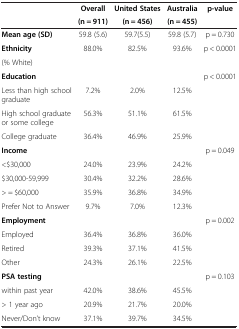
<table><thead><tr><td rowspan="2"><b> </b></td><td><b>Overall</b></td><td><b>United States</b></td><td><b>Australia</b></td><td rowspan="2"><b>p-value</b></td></tr><tr><td><b>(n = 911)</b></td><td><b>(n = 456)</b></td><td><b>(n = 455)</b></td></tr></thead><tbody><tr><td><b>Mean age (SD)</b></td><td>59.8 (5.6)</td><td>59.7(5.5)</td><td>59.8 (5.7)</td><td>p = 0.730</td></tr><tr><td><b>Ethnicity</b></td><td rowspan="2">88.0%</td><td rowspan="2">82.5%</td><td rowspan="2">93.6%</td><td rowspan="2">p &lt; 0.0001</td></tr><tr><td>(% White)</td></tr><tr><td><b>Education</b></td><td> </td><td> </td><td> </td><td>p &lt; 0.0001</td></tr><tr><td>Less than high school graduate</td><td>7.2%</td><td>2.0%</td><td>12.5%</td><td> </td></tr><tr><td>High school graduate or some college</td><td>56.3%</td><td>51.1%</td><td>61.5%</td><td> </td></tr><tr><td>College graduate</td><td>36.4%</td><td>46.9%</td><td>25.9%</td><td> </td></tr><tr><td><b>Income</b></td><td> </td><td> </td><td> </td><td>p = 0.049</td></tr><tr><td>&lt;$30,000</td><td>24.0%</td><td>23.9%</td><td>24.2%</td><td> </td></tr><tr><td>$30,000-59,999</td><td>30.4%</td><td>32.2%</td><td>28.6%</td><td> </td></tr><tr><td>&gt; = $60,000</td><td>35.9%</td><td>36.8%</td><td>34.9%</td><td> </td></tr><tr><td>Prefer Not to Answer</td><td>9.7%</td><td>7.0%</td><td>12.3%</td><td> </td></tr><tr><td><b>Employment</b></td><td> </td><td> </td><td> </td><td>p = 0.002</td></tr><tr><td>Employed</td><td>36.4%</td><td>36.8%</td><td>36.0%</td><td> </td></tr><tr><td>Retired</td><td>39.3%</td><td>37.1%</td><td>41.5%</td><td> </td></tr><tr><td>Other</td><td>24.3%</td><td>26.1%</td><td>22.5%</td><td> </td></tr><tr><td><b>PSA testing</b></td><td> </td><td> </td><td> </td><td>p = 0.103</td></tr><tr><td>within past year</td><td>42.0%</td><td>38.6%</td><td>45.5%</td><td> </td></tr><tr><td>&gt; 1 year ago</td><td>20.9%</td><td>21.7%</td><td>20.0%</td><td> </td></tr><tr><td>Never/Don’t know</td><td>37.1%</td><td>39.7%</td><td>34.5%</td><td> </td></tr></tbody></table>